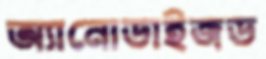
অ্যানোডাইজড